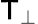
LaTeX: \mathsf{T}_{\perp}